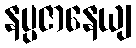
နပ္ပဇာနေယျ